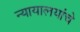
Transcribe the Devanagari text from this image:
न्यायालयांचे